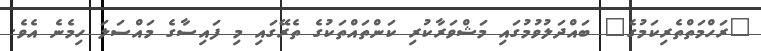
"ރަހްމަތްތެރިކަމުގެ" ބައްދަލުވުމުގައި މަޝްވަރާކުރި ކަންތައްތަކުގެ ތެރޭގައި މި ފައިސާގެ މައްސަލަ ހިމެނެ އެވެ.